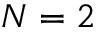
N = 2